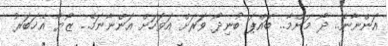
އަންނާނެ.. ދޯ މަންމާ.. ބައްޕަ ބުނިދޯ ވަރަށް އަވަހަށް އަންނާނަމޭ.. ޒޯޔާ އެޚަބަރު